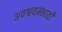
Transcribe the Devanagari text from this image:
अवश्वयम्भावी